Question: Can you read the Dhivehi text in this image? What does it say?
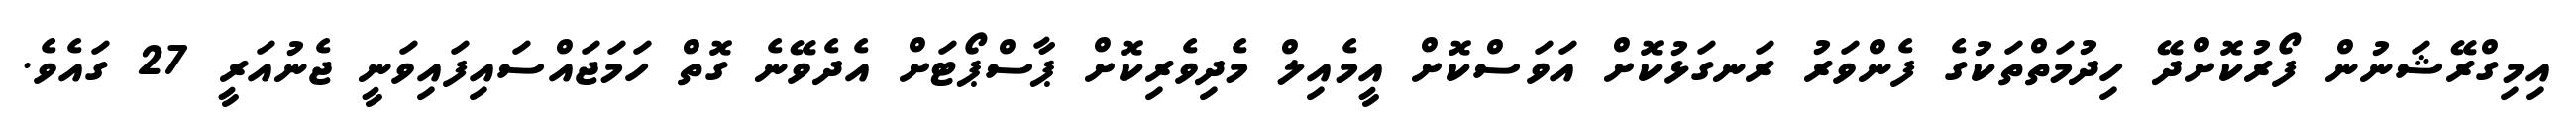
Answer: އިމިގްރޭޝަނުން ފޯރުކޮށްދޭ ހިދުމަތްތަކުގެ ފެންވަރު ރަނގަޅުކޮށް އަވަސްކޮށް އީމެއިލް މެދިވެރިކޮށް ޕާސްޕޯޓަށް އެދެވޭނެ ގޮތް ހަމަޖައްސައިފައިވަނީ ޖެނުއަރީ 27 ގައެވެ.